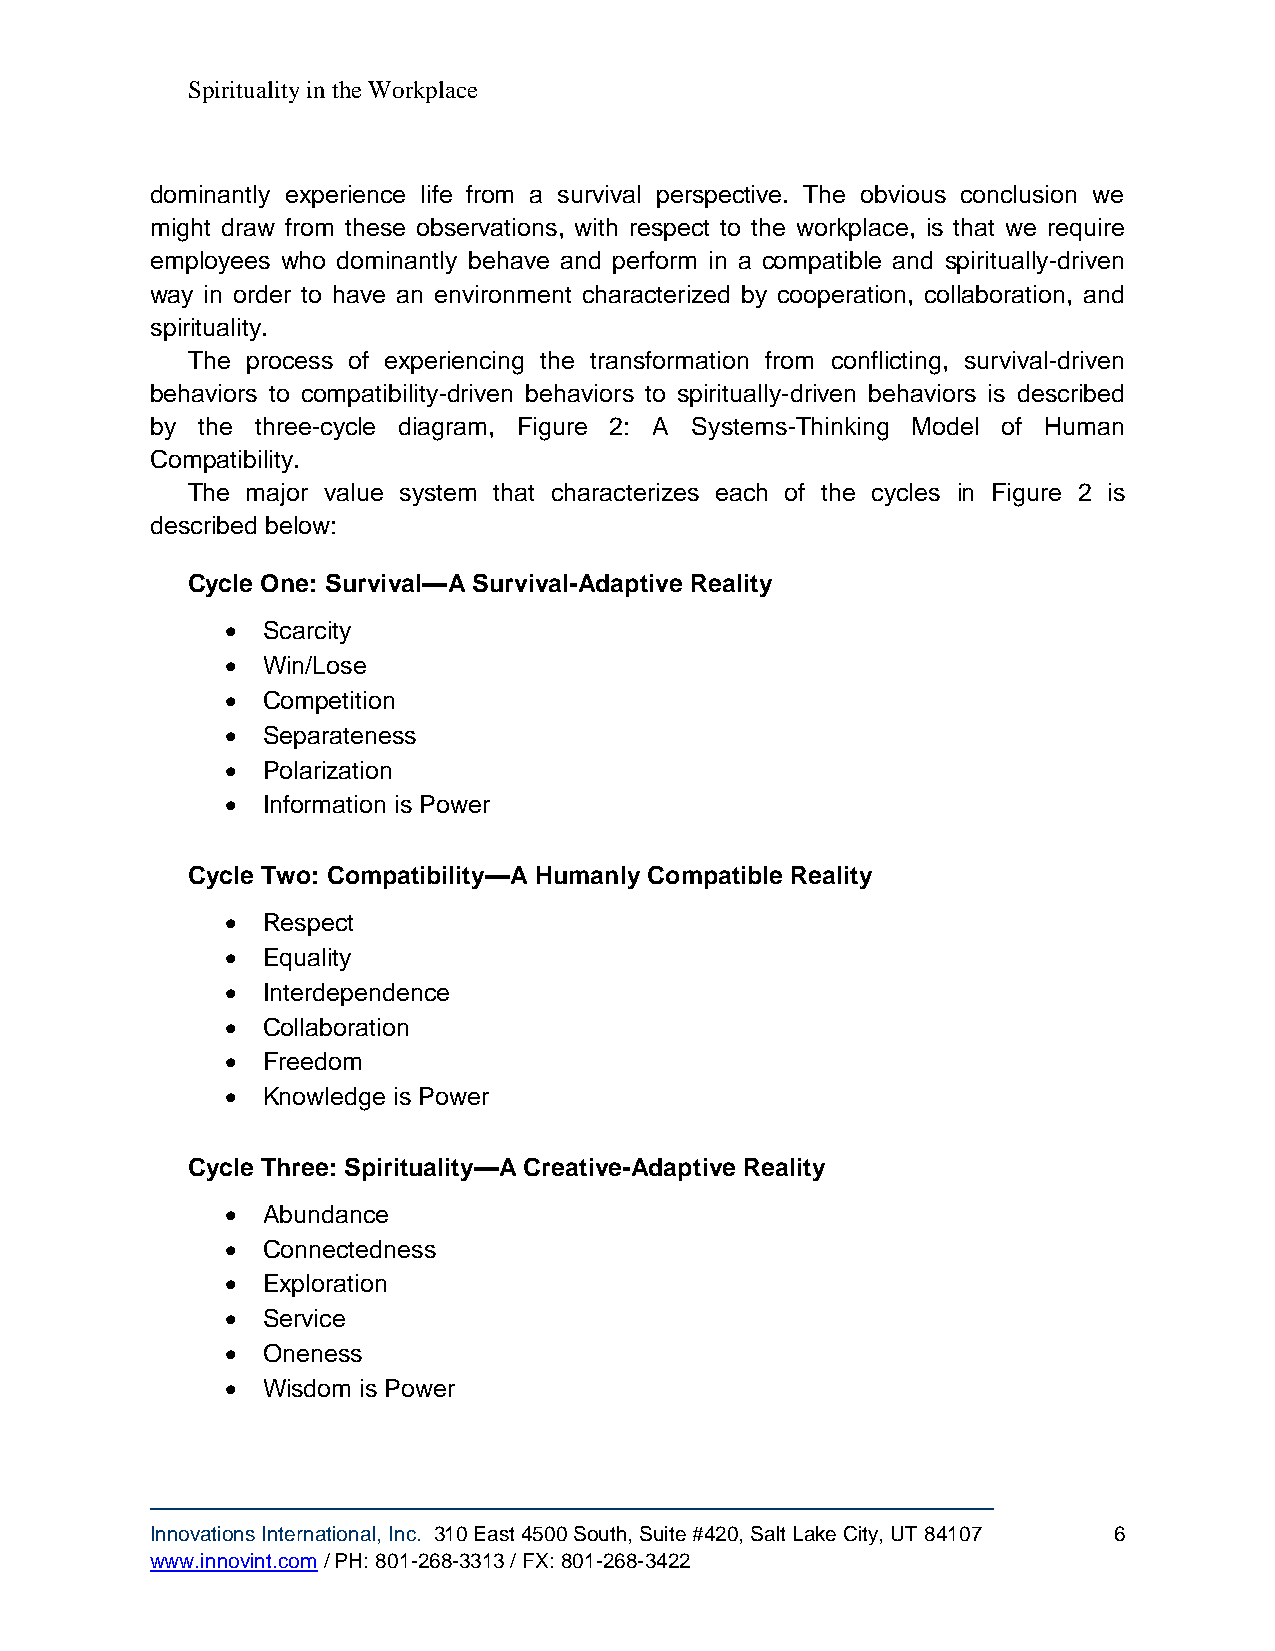
Spirituality in the Workplace
 dominantly experience life from a survival perspective. The obvious conclusion we
 might draw from these observations, with respect to the workplace, is that we require
 employees who dominantly behave and perform in a compatible and spiritually-driven
 way in order to have an environment characterized by cooperation, collaboration, and
 spirituality.
 The process of experiencing the transformation from conflicting, survival-driven
 behaviors to compatibility-driven behaviors to spiritually-driven behaviors is described
 by the three-cycle diagram, Figure 2: A Systems-Thinking Model of Human
 Compatibility.
 The major value system that characterizes each of the cycles in Figure 2 is
 described below:
 Cycle One: Survival—A Survival-Adaptive Reality
  Scarcity
  Win/Lose
  Competition
  Separateness
  Polarization
  Information is Power
 Cycle Two: Compatibility—A Humanly Compatible Reality
  Respect
  Equality
  Interdependence
  Collaboration
  Freedom
  Knowledge is Power
 Cycle Three: Spirituality—A Creative-Adaptive Reality
  Abundance
  Connectedness
  Exploration
  Service
  Oneness
  Wisdom is Power
 Innovations International, Inc. 310 East 4500 South, Suite #420, Salt Lake City, UT 84107 6
 www.innovint.com / PH: 801-268-3313 / FX: 801-268-3422